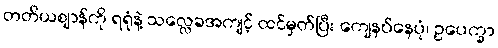
တတိယဈာန်ကို ရရုံနဲ့ သလ္လေခအကျင့် ထင်မှတ်ပြီး ကျေနပ်နေပုံ၊ ဥပေက္ခာ